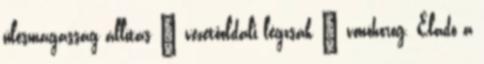
ülésmagasság állítás – vezetőoldali légzsák – vonóhorog. Eladó a